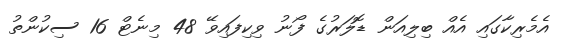
އެމެރިކާގައި އެއް ބިލިއަން ޑޮލަރުގެ ފޯނު ވިކިފައިވޭ 48 މިނެޓް 16 ސިކުންތު